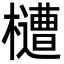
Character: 㯾